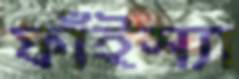
ফাঁইস্যা